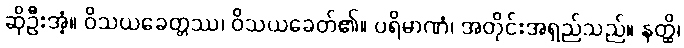
ဆိုဦးအံ့။ ဝိသယခေတ္တဿ၊ ဝိသယခေတ်၏။ ပရိမာဏံ၊ အတိုင်းအရှည်သည်။ နတ္ထိ၊